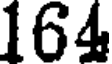
164